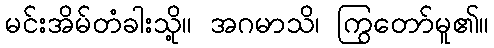
မင်းအိမ်တံခါးသို့။ အဂမာသိ၊ ကြွတော်မူ၏။